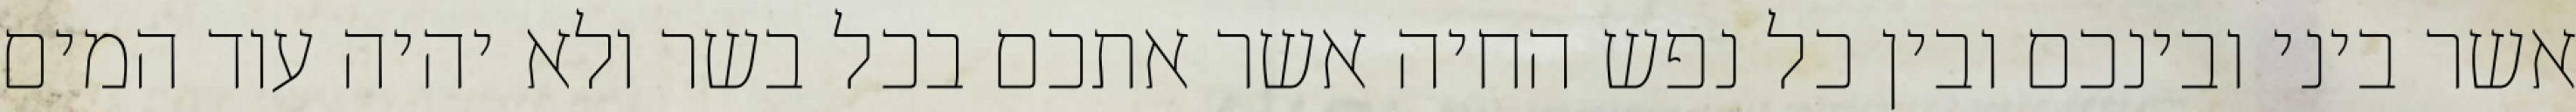
אשר ביני ובינכם ובין כל נפש החיה אשר אתכם בכל בשר ולא יהיה עוד המים